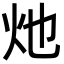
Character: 灺